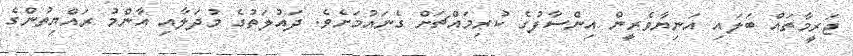
ޖަރީމާތައް ބަލައި އަނިޔާވެރީން އިންސާފުގެ ކުރިމައްޗަށް ގެނައުމަށެވެ. ދައުލަތުގެ މުދަލާއި އާންމު ރައްޔިތުންގެ